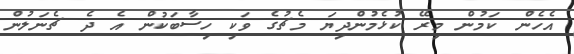
އެހެން ކަމުން މިރޭ ކުޅެމުންދިޔަ މެޗުގެ ވަކި ހިސާބަކުން އެ ދެ ޗެނަލުން